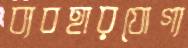
ব্যবহারযোগ্য